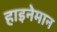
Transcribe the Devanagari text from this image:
हाइनेमान